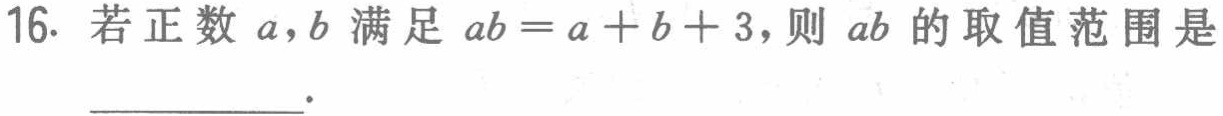
16. 若正数 \(a,b\) 满足 \(ab = a + b + 3\)，则 \(ab\) 的取值范围是___.